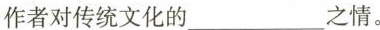
作者对传统文化的__________之情。